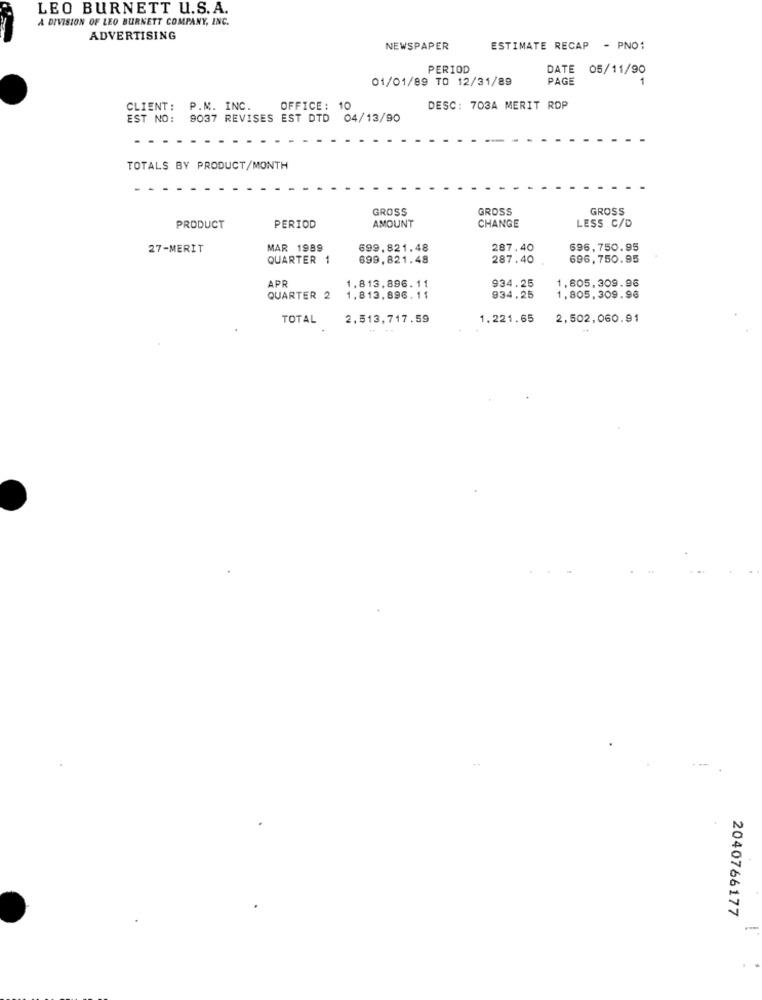
LEO BURNETT U.S.A.
A DIVISION OF LEO BURNETT COMPANY, INC.
ADVERTISING
NEWSPAPER
ESTIMATE RECAP - PNO:
PERIOD
DATE 05/11/90
01/01/89 TO 12/31/89
PAGE
CLIENT: P.M. INC.
OFFICE: 10
DESC: 703A MERIT RDP
EST NO: 9037 REVISES EST DTD 04/13/90
TOTALS BY PRODUCT/MONTH
GROSS
GROSS
GROSS
AMOUNT
LESS C/D
PRODUCT
PERIOD
CHANGE
27-MERIT
MAR 1989
699.821.48
287.40
696,750.95
QUARTER
699,821.48
287.40
696,750.95
APR
1.813,896.11
934.25
1,805,309.96
QUARTER 2
1.813.896.11
934.25
1,805,309.96
TOTAL
2,513,717.59
1.221.65
2,502,060.91
2040766177